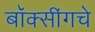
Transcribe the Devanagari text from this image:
बॉक्सींगचे